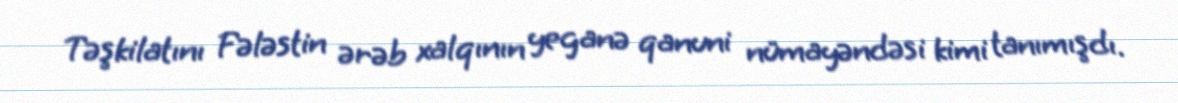
Təşkilatını Fələstin ərəb xalqının yeganə qanuni nümayəndəsi kimi tanımışdı.